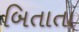
બિતાતા